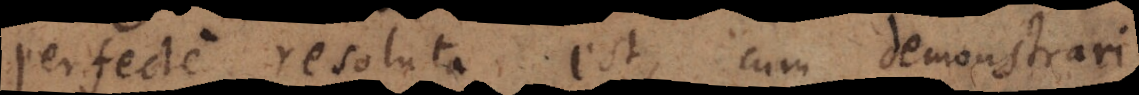
perfecte resoluta est, cum demonstrari